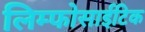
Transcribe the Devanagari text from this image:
लिम्फोसाईटिक